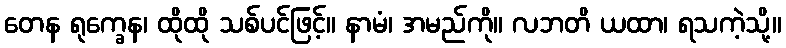
တေန ရုက္ခေန၊ ထိုထို သစ်ပင်ဖြင့်။ နာမံ၊ အမည်ကို။ လဘတိ ယထာ၊ ရသကဲ့သို့။